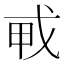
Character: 𢦦